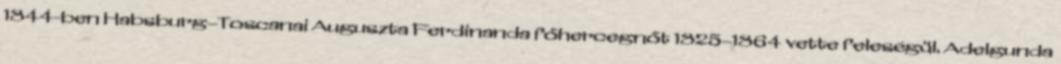
1844-ben Habsburg–Toscanai Auguszta Ferdinanda főhercegnőt 1825–1864 vette feleségül. Adelgunda